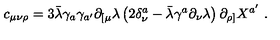
c _ { \mu \nu \rho } = 3 \bar { \lambda } \gamma _ { a } \gamma _ { a ^ { \prime } } \partial _ { [ \mu } \lambda \left( 2 \delta _ { \nu } ^ { a } - \bar { \lambda } \gamma ^ { a } \partial _ { \nu } \lambda \right) \partial _ { \rho ] } X ^ { a ^ { \prime } } \ .